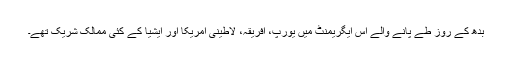
بدھ کے روز طے پانے والے اِس ایگریمنٹ میں یورپ، افریقہ، لاطینی امریکا اور ایشیا کے کئی ممالک شریک تھے۔